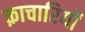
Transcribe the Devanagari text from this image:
क़ाचारियों